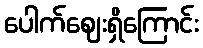
ပေါက်ဈေးရှိကြောင်း